Rangoon Lunatic Asylum 1878-1892 - 1878-1892
Year: 1878
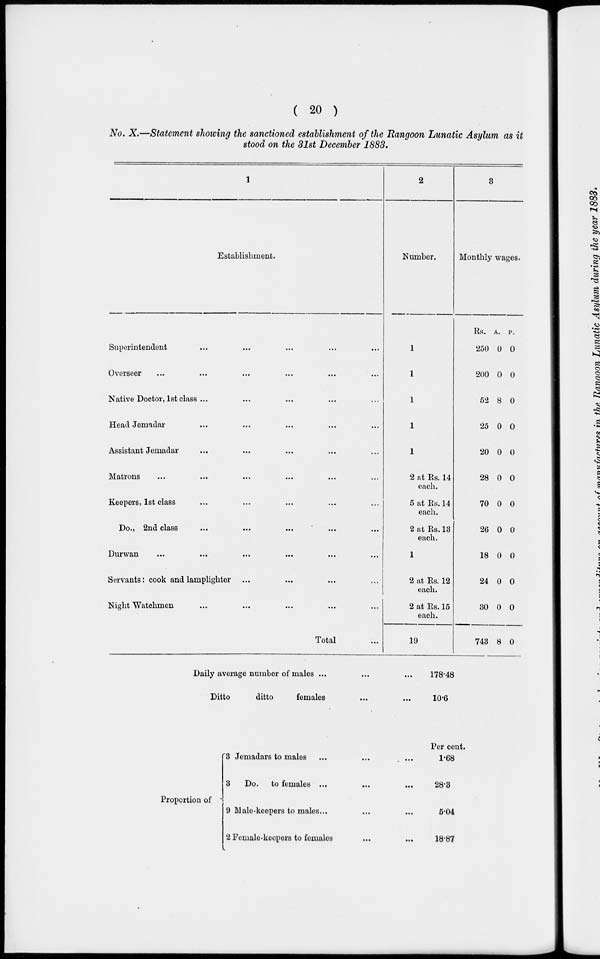
( 20 )
No. X.—Statement showing the sanctioned establishment of the Rangoon Lunatic Asylum as it
stood on the 31st December 1883.
1
Establishment.
Superintendent ... ... ... ... ...
Overseer ... ... ... ... ... ...
Native Doctor, 1st class ... ... ... ... ...
Head Jemadar ... ... ... ... ...
Assistant Jemadar ... ... ... ... ...
Matrons ... ... ... ... ... ...
Keepers, 1st class ... ... ... ... ...
Do., 2nd class ... ... ... ... ...
Durwan ... ... ... ... ... ...
Servants: cook and lamplighter ... ... ... ...
Night Watchmen ... ... ... ... ...
Total ...
2
Number.
1
1
1
1
1
2 at Rs. 14
each.
5 at Rs. 14
each.
2 at Rs. 13
each.
1
2 at Rs. 12
each.
2 at Rs. 15
each.
19
3
Monthly wages.
Rs.
250
200
52
25
20
28
70
26
18
24
30
743
A.
0
0
8
0
0
0
0
0
0
0
0
8
P.
0
0
0
0
0
0
0
0
0
0
0
0
Daily average number of males ... ... ...
Ditto
ditto
females ... ...
178.48
10.6
Proportion of
3 Jemadars to males ... ... ...
3
Do. to females ... ... ...
9 Male-keepers to males ... ... ...
2 Female-keepers to females ... ...
Per cent.
1.68
28.3
5.04
18.87